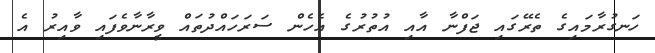
ހަނގުރާމައިގެ ތެރޭގައި ޖަފްނާ އާއި އުތުރުގެ އެހެން ސަރަހައްދުތައް ވީރާނާވެފައި ވާއިރު އެ